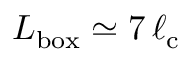
L _ { \mathrm { b o x } } \simeq 7 \, \ell _ { \mathrm { c } }